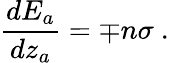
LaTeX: \frac{dE_{a}}{dz_{a}}=\mp n\sigma~.